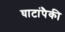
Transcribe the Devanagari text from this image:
घाटांपैकी